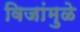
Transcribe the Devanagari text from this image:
विजांमुळे